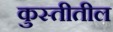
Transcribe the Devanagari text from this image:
कुस्तीतील